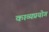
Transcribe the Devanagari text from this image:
काव्यप्रयोग